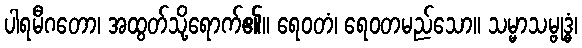
ပါရမီဂတော၊ အထွတ်သို့ရောက်၏။ ရေဝတံ၊ ရေဝတမည်သော။ သမ္မာသမ္ဗုဒ္ဓံ၊